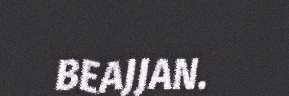
BEAJJAN.